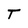
Character: T